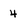
Character: 4